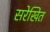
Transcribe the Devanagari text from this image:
सरेखित